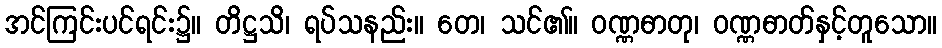
အင်ကြင်းပင်ရင်း၌။ တိဋ္ဌသိ၊ ရပ်သနည်း။ တေ၊ သင်၏။ ဝဏ္ဏဓာတု၊ ဝဏ္ဏဓာတ်နှင့်တူသော။